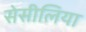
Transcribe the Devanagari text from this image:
सेसीलिया